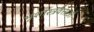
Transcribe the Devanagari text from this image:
भूशास्त्रवेत्ताओं